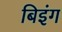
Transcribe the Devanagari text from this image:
बिइंग